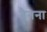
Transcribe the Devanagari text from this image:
बैनना